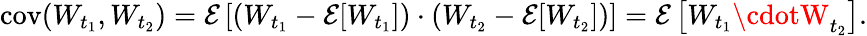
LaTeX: \operatorname{cov}(W_{t_{1}},W_{t_{2}})=\operatorname{\mathcal{E}}\left[(W_{t_{1}}-\operatorname{\mathcal{E}}[W_{t_{1}}])\cdot(W_{t_{2}}-\operatorname{\mathcal{E}}[W_{t_{2}}])\right]=\operatorname{\mathcal{E}}\left[W_{t_{1}}\cdotW_{t_{2}}\right].